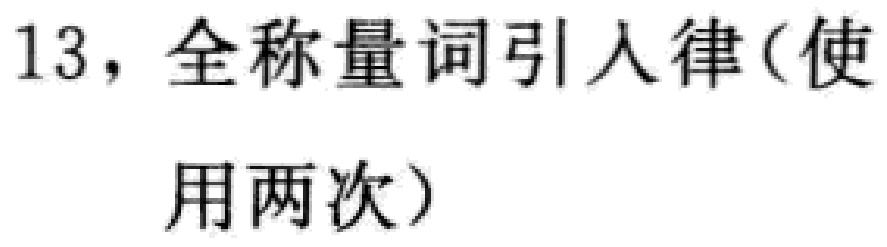
13，全称量词引入律(使用两次)